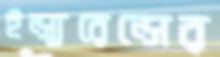
ইন্স্যুরেন্সের